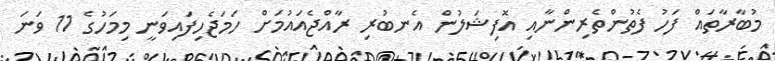
މުބާރާތައް ފަހު ފެތުންތެރިންނާއި އޮފިޝަލުން އެނބުރި ރާއްޖެއައުމަށް ހަމަޖެހިފައިވަނީ މިމަހުގެ 11 ވަނަ